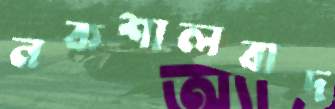
নকশালবাদ